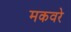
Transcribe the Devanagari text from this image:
मकवरे